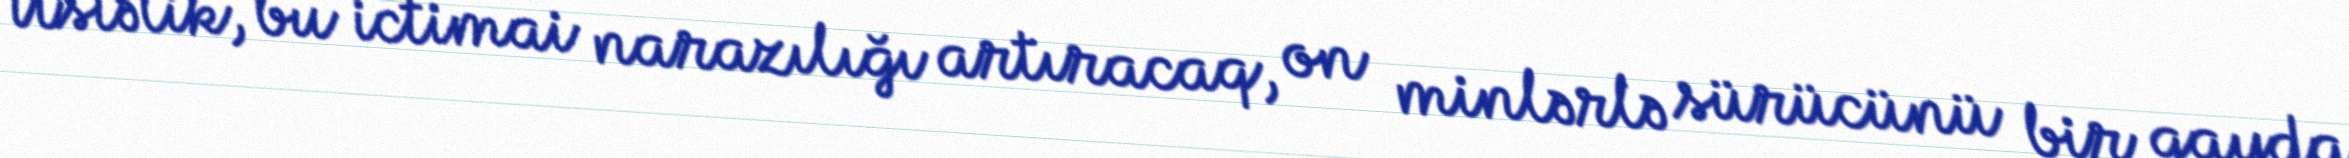
Üstəlik, bu ictimai narazılığı artıracaq, on minlərlə sürücünü bir qayda